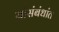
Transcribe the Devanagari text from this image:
यांसंबंधांत